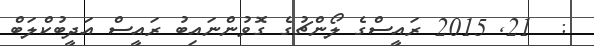
:  21